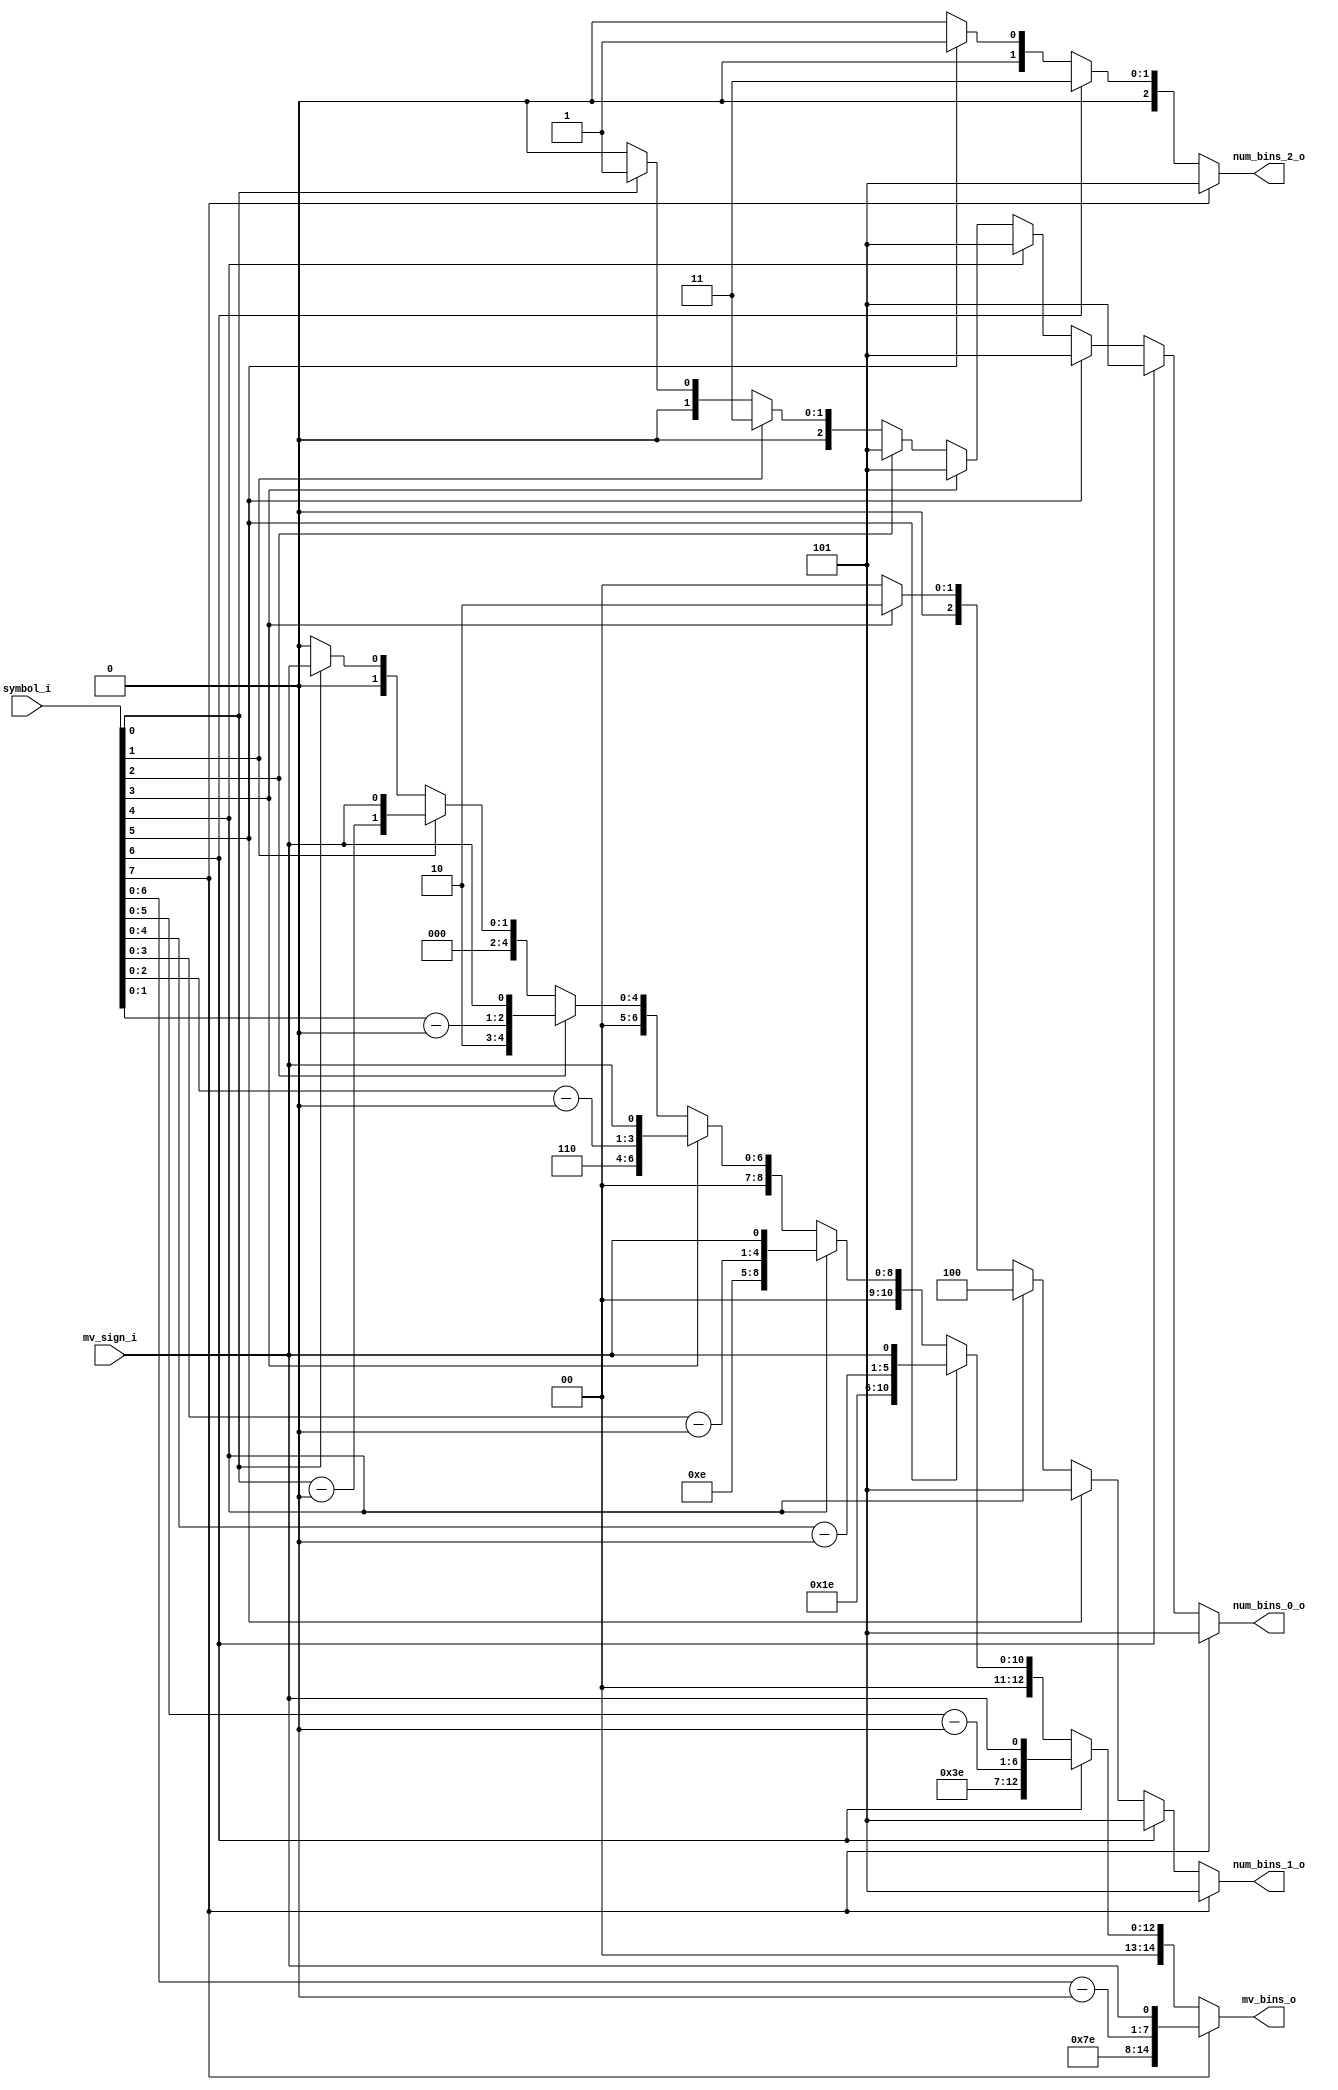
module cabac_binari_epxgolomb_1kth(
                                    symbol_i       ,
									mv_sign_i      ,
									
									num_bins_2_o   ,
									num_bins_1_o   ,
									num_bins_0_o   ,
									mv_bins_o    
                            );
//-----------------------------------------------------------------------------------------------------------------------------
//
//              inputs and outputs declaration 
//
//-----------------------------------------------------------------------------------------------------------------------------							
input         [ 7:0 ]   		       symbol_i                      ;
input                   		       mv_sign_i                     ;

output        [ 2:0 ]   		       num_bins_2_o                  ;
output        [ 2:0 ]   		       num_bins_1_o                  ;
output        [ 2:0 ]   		       num_bins_0_o                  ;							
output        [14:0 ]   		       mv_bins_o                     ;							

//-----------------------------------------------------------------------------------------------------------------------------
//
//             reg  signals declaration 
//
//-----------------------------------------------------------------------------------------------------------------------------		

reg           [ 2:0 ]   		       num_bins_2_r                  ;
reg           [ 2:0 ]   		       num_bins_1_r                  ;
reg           [ 2:0 ]   		       num_bins_0_r                  ;	


//-----------------------------------------------------------------------------------------------------------------------------
//
//            binarization process of 1kth epxgolomb 
//
//-----------------------------------------------------------------------------------------------------------------------------		
/* 
always @* begin  
    case(symbol_i)
         6'd0: begin num_group_r = 3'd1;bins_group_2_r=4'd0 ;num_bins_2_r= 3'd2;bins_group_1_r=4'd0 ;num_bins_1_r =3'd0;bins_group_0_r=4'd0 ;num_bins_0_r =3'd0;end
	     6'd1: begin num_group_r = 3'd1;bins_group_2_r=4'd1 ;num_bins_2_r= 3'd2;bins_group_1_r=4'd0 ;num_bins_1_r =3'd0;bins_group_0_r=4'd0 ;num_bins_0_r =3'd0;end
	     6'd2: begin num_group_r = 3'd1;bins_group_2_r=4'd8 ;num_bins_2_r= 3'd4;bins_group_1_r=4'd0 ;num_bins_1_r =3'd0;bins_group_0_r=4'd0 ;num_bins_0_r =3'd0;end
	     6'd3: begin num_group_r = 3'd1;bins_group_2_r=4'd9 ;num_bins_2_r= 3'd4;bins_group_1_r=4'd0 ;num_bins_1_r =3'd0;bins_group_0_r=4'd0 ;num_bins_0_r =3'd0;end
	     6'd4: begin num_group_r = 3'd1;bins_group_2_r=4'd10;num_bins_2_r= 3'd4;bins_group_1_r=4'd0 ;num_bins_1_r =3'd0;bins_group_0_r=4'd0 ;num_bins_0_r =3'd0;end
	     6'd5: begin num_group_r = 3'd1;bins_group_2_r=4'd11;num_bins_2_r= 3'd4;bins_group_1_r=4'd0 ;num_bins_1_r =3'd0;bins_group_0_r=4'd0 ;num_bins_0_r =3'd0;end
	     6'd6: begin num_group_r = 3'd2;bins_group_2_r=4'd3 ;num_bins_2_r= 3'd2;bins_group_1_r=4'd0 ;num_bins_1_r =3'd4;bins_group_0_r=4'd0 ;num_bins_0_r =3'd0;end
	     6'd7: begin num_group_r = 3'd2;bins_group_2_r=4'd3 ;num_bins_2_r= 3'd2;bins_group_1_r=4'd1 ;num_bins_1_r =3'd4;bins_group_0_r=4'd0 ;num_bins_0_r =3'd0;end
	     6'd8: begin num_group_r = 3'd2;bins_group_2_r=4'd3 ;num_bins_2_r= 3'd2;bins_group_1_r=4'd2 ;num_bins_1_r =3'd4;bins_group_0_r=4'd0 ;num_bins_0_r =3'd0;end
	     6'd9: begin num_group_r = 3'd2;bins_group_2_r=4'd3 ;num_bins_2_r= 3'd2;bins_group_1_r=4'd3 ;num_bins_1_r =3'd4;bins_group_0_r=4'd0 ;num_bins_0_r =3'd0;end
	    6'd10: begin num_group_r = 3'd2;bins_group_2_r=4'd3 ;num_bins_2_r= 3'd2;bins_group_1_r=4'd4 ;num_bins_1_r =3'd4;bins_group_0_r=4'd0 ;num_bins_0_r =3'd0;end
	    6'd11: begin num_group_r = 3'd2;bins_group_2_r=4'd3 ;num_bins_2_r= 3'd2;bins_group_1_r=4'd5 ;num_bins_1_r =3'd4;bins_group_0_r=4'd0 ;num_bins_0_r =3'd0;end
	    6'd12: begin num_group_r = 3'd2;bins_group_2_r=4'd3 ;num_bins_2_r= 3'd2;bins_group_1_r=4'd6 ;num_bins_1_r =3'd4;bins_group_0_r=4'd0 ;num_bins_0_r =3'd0;end
	    6'd13: begin num_group_r = 3'd2;bins_group_2_r=4'd3 ;num_bins_2_r= 3'd2;bins_group_1_r=4'd7 ;num_bins_1_r =3'd4;bins_group_0_r=4'd0 ;num_bins_0_r =3'd0;end
	    6'd14: begin num_group_r = 3'd2;bins_group_2_r=4'd14;num_bins_2_r= 3'd4;bins_group_1_r=4'd0 ;num_bins_1_r =3'd4;bins_group_0_r=4'd0 ;num_bins_0_r =3'd0;end
	    6'd15: begin num_group_r = 3'd2;bins_group_2_r=4'd14;num_bins_2_r= 3'd4;bins_group_1_r=4'd1 ;num_bins_1_r =3'd4;bins_group_0_r=4'd0 ;num_bins_0_r =3'd0;end
	    6'd16: begin num_group_r = 3'd2;bins_group_2_r=4'd14;num_bins_2_r= 3'd4;bins_group_1_r=4'd2 ;num_bins_1_r =3'd4;bins_group_0_r=4'd0 ;num_bins_0_r =3'd0;end
	    6'd17: begin num_group_r = 3'd2;bins_group_2_r=4'd14;num_bins_2_r= 3'd4;bins_group_1_r=4'd3 ;num_bins_1_r =3'd4;bins_group_0_r=4'd0 ;num_bins_0_r =3'd0;end
	    6'd18: begin num_group_r = 3'd2;bins_group_2_r=4'd14;num_bins_2_r= 3'd4;bins_group_1_r=4'd4 ;num_bins_1_r =3'd4;bins_group_0_r=4'd0 ;num_bins_0_r =3'd0;end
	    6'd19: begin num_group_r = 3'd2;bins_group_2_r=4'd14;num_bins_2_r= 3'd4;bins_group_1_r=4'd5 ;num_bins_1_r =3'd4;bins_group_0_r=4'd0 ;num_bins_0_r =3'd0;end
	    6'd20: begin num_group_r = 3'd2;bins_group_2_r=4'd14;num_bins_2_r= 3'd4;bins_group_1_r=4'd6 ;num_bins_1_r =3'd4;bins_group_0_r=4'd0 ;num_bins_0_r =3'd0;end
	    6'd21: begin num_group_r = 3'd2;bins_group_2_r=4'd14;num_bins_2_r= 3'd4;bins_group_1_r=4'd7 ;num_bins_1_r =3'd4;bins_group_0_r=4'd0 ;num_bins_0_r =3'd0;end
	    6'd22: begin num_group_r = 3'd2;bins_group_2_r=4'd14;num_bins_2_r= 3'd4;bins_group_1_r=4'd8 ;num_bins_1_r =3'd4;bins_group_0_r=4'd0 ;num_bins_0_r =3'd0;end
	    6'd23: begin num_group_r = 3'd2;bins_group_2_r=4'd14;num_bins_2_r= 3'd4;bins_group_1_r=4'd9 ;num_bins_1_r =3'd4;bins_group_0_r=4'd0 ;num_bins_0_r =3'd0;end
	    6'd24: begin num_group_r = 3'd2;bins_group_2_r=4'd14;num_bins_2_r= 3'd4;bins_group_1_r=4'd10;num_bins_1_r =3'd4;bins_group_0_r=4'd0 ;num_bins_0_r =3'd0;end
	    6'd25: begin num_group_r = 3'd2;bins_group_2_r=4'd14;num_bins_2_r= 3'd4;bins_group_1_r=4'd11;num_bins_1_r =3'd4;bins_group_0_r=4'd0 ;num_bins_0_r =3'd0;end
	    6'd26: begin num_group_r = 3'd2;bins_group_2_r=4'd14;num_bins_2_r= 3'd4;bins_group_1_r=4'd12;num_bins_1_r =3'd4;bins_group_0_r=4'd0 ;num_bins_0_r =3'd0;end
	    6'd27: begin num_group_r = 3'd2;bins_group_2_r=4'd14;num_bins_2_r= 3'd4;bins_group_1_r=4'd13;num_bins_1_r =3'd4;bins_group_0_r=4'd0 ;num_bins_0_r =3'd0;end
	    6'd28: begin num_group_r = 3'd2;bins_group_2_r=4'd14;num_bins_2_r= 3'd4;bins_group_1_r=4'd14;num_bins_1_r =3'd4;bins_group_0_r=4'd0 ;num_bins_0_r =3'd0;end
	    6'd29: begin num_group_r = 3'd2;bins_group_2_r=4'd14;num_bins_2_r= 3'd4;bins_group_1_r=4'd15;num_bins_1_r =3'd4;bins_group_0_r=4'd0 ;num_bins_0_r =3'd0;end
	    6'd30: begin num_group_r = 3'd3;bins_group_2_r=4'd3 ;num_bins_2_r= 3'd2;bins_group_1_r=4'd12;num_bins_1_r =3'd4;bins_group_0_r=4'd0 ;num_bins_0_r =3'd5;end // include i_hor<0 and i_ver<0
	    6'd31: begin num_group_r = 3'd3;bins_group_2_r=4'd3 ;num_bins_2_r= 3'd2;bins_group_1_r=4'd12;num_bins_1_r =3'd4;bins_group_0_r=4'd1 ;num_bins_0_r =3'd5;end
	    6'd32: begin num_group_r = 3'd3;bins_group_2_r=4'd3 ;num_bins_2_r= 3'd2;bins_group_1_r=4'd12;num_bins_1_r =3'd4;bins_group_0_r=4'd2 ;num_bins_0_r =3'd5;end
	    6'd33: begin num_group_r = 3'd3;bins_group_2_r=4'd3 ;num_bins_2_r= 3'd2;bins_group_1_r=4'd12;num_bins_1_r =3'd4;bins_group_0_r=4'd3 ;num_bins_0_r =3'd5;end
	    6'd34: begin num_group_r = 3'd3;bins_group_2_r=4'd3 ;num_bins_2_r= 3'd2;bins_group_1_r=4'd12;num_bins_1_r =3'd4;bins_group_0_r=4'd4 ;num_bins_0_r =3'd5;end
	    6'd35: begin num_group_r = 3'd3;bins_group_2_r=4'd3 ;num_bins_2_r= 3'd2;bins_group_1_r=4'd12;num_bins_1_r =3'd4;bins_group_0_r=4'd5 ;num_bins_0_r =3'd5;end
	    6'd36: begin num_group_r = 3'd3;bins_group_2_r=4'd3 ;num_bins_2_r= 3'd2;bins_group_1_r=4'd12;num_bins_1_r =3'd4;bins_group_0_r=4'd6 ;num_bins_0_r =3'd5;end
	    6'd37: begin num_group_r = 3'd3;bins_group_2_r=4'd3 ;num_bins_2_r= 3'd2;bins_group_1_r=4'd12;num_bins_1_r =3'd4;bins_group_0_r=4'd7 ;num_bins_0_r =3'd5;end
	    6'd38: begin num_group_r = 3'd3;bins_group_2_r=4'd3 ;num_bins_2_r= 3'd2;bins_group_1_r=4'd12;num_bins_1_r =3'd4;bins_group_0_r=4'd8 ;num_bins_0_r =3'd5;end
	    6'd39: begin num_group_r = 3'd3;bins_group_2_r=4'd3 ;num_bins_2_r= 3'd2;bins_group_1_r=4'd12;num_bins_1_r =3'd4;bins_group_0_r=4'd9 ;num_bins_0_r =3'd5;end
	    6'd40: begin num_group_r = 3'd3;bins_group_2_r=4'd3 ;num_bins_2_r= 3'd2;bins_group_1_r=4'd12;num_bins_1_r =3'd4;bins_group_0_r=4'd10;num_bins_0_r =3'd5;end
	    6'd41: begin num_group_r = 3'd3;bins_group_2_r=4'd3 ;num_bins_2_r= 3'd2;bins_group_1_r=4'd12;num_bins_1_r =3'd4;bins_group_0_r=4'd11;num_bins_0_r =3'd5;end
	    6'd42: begin num_group_r = 3'd3;bins_group_2_r=4'd3 ;num_bins_2_r= 3'd2;bins_group_1_r=4'd12;num_bins_1_r =3'd4;bins_group_0_r=4'd12;num_bins_0_r =3'd5;end
	    6'd43: begin num_group_r = 3'd3;bins_group_2_r=4'd3 ;num_bins_2_r= 3'd2;bins_group_1_r=4'd12;num_bins_1_r =3'd4;bins_group_0_r=4'd13;num_bins_0_r =3'd5;end
	    6'd44: begin num_group_r = 3'd3;bins_group_2_r=4'd3 ;num_bins_2_r= 3'd2;bins_group_1_r=4'd12;num_bins_1_r =3'd4;bins_group_0_r=4'd14;num_bins_0_r =3'd5;end
	    6'd45: begin num_group_r = 3'd3;bins_group_2_r=4'd3 ;num_bins_2_r= 3'd2;bins_group_1_r=4'd12;num_bins_1_r =3'd4;bins_group_0_r=4'd15;num_bins_0_r =3'd5;end
	    6'd46: begin num_group_r = 3'd3;bins_group_2_r=4'd3 ;num_bins_2_r= 3'd2;bins_group_1_r=4'd13;num_bins_1_r =3'd4;bins_group_0_r=4'd0 ;num_bins_0_r =3'd5;end
	    6'd47: begin num_group_r = 3'd3;bins_group_2_r=4'd3 ;num_bins_2_r= 3'd2;bins_group_1_r=4'd13;num_bins_1_r =3'd4;bins_group_0_r=4'd1 ;num_bins_0_r =3'd5;end
	    6'd48: begin num_group_r = 3'd3;bins_group_2_r=4'd3 ;num_bins_2_r= 3'd2;bins_group_1_r=4'd13;num_bins_1_r =3'd4;bins_group_0_r=4'd2 ;num_bins_0_r =3'd5;end
	    6'd49: begin num_group_r = 3'd3;bins_group_2_r=4'd3 ;num_bins_2_r= 3'd2;bins_group_1_r=4'd13;num_bins_1_r =3'd4;bins_group_0_r=4'd3 ;num_bins_0_r =3'd5;end
	    6'd50: begin num_group_r = 3'd3;bins_group_2_r=4'd3 ;num_bins_2_r= 3'd2;bins_group_1_r=4'd13;num_bins_1_r =3'd4;bins_group_0_r=4'd4 ;num_bins_0_r =3'd5;end
	    6'd51: begin num_group_r = 3'd3;bins_group_2_r=4'd3 ;num_bins_2_r= 3'd2;bins_group_1_r=4'd13;num_bins_1_r =3'd4;bins_group_0_r=4'd5 ;num_bins_0_r =3'd5;end
	    6'd52: begin num_group_r = 3'd3;bins_group_2_r=4'd3 ;num_bins_2_r= 3'd2;bins_group_1_r=4'd13;num_bins_1_r =3'd4;bins_group_0_r=4'd6 ;num_bins_0_r =3'd5;end
	    6'd53: begin num_group_r = 3'd3;bins_group_2_r=4'd3 ;num_bins_2_r= 3'd2;bins_group_1_r=4'd13;num_bins_1_r =3'd4;bins_group_0_r=4'd7 ;num_bins_0_r =3'd5;end
	    6'd54: begin num_group_r = 3'd3;bins_group_2_r=4'd3 ;num_bins_2_r= 3'd2;bins_group_1_r=4'd13;num_bins_1_r =3'd4;bins_group_0_r=4'd8 ;num_bins_0_r =3'd5;end
	    6'd55: begin num_group_r = 3'd3;bins_group_2_r=4'd3 ;num_bins_2_r= 3'd2;bins_group_1_r=4'd13;num_bins_1_r =3'd4;bins_group_0_r=4'd9 ;num_bins_0_r =3'd5;end
	    6'd56: begin num_group_r = 3'd3;bins_group_2_r=4'd3 ;num_bins_2_r= 3'd2;bins_group_1_r=4'd13;num_bins_1_r =3'd4;bins_group_0_r=4'd10;num_bins_0_r =3'd5;end
	    6'd57: begin num_group_r = 3'd3;bins_group_2_r=4'd3 ;num_bins_2_r= 3'd2;bins_group_1_r=4'd13;num_bins_1_r =3'd4;bins_group_0_r=4'd11;num_bins_0_r =3'd5;end
	    6'd58: begin num_group_r = 3'd3;bins_group_2_r=4'd3 ;num_bins_2_r= 3'd2;bins_group_1_r=4'd13;num_bins_1_r =3'd4;bins_group_0_r=4'd12;num_bins_0_r =3'd5;end
	    6'd59: begin num_group_r = 3'd3;bins_group_2_r=4'd3 ;num_bins_2_r= 3'd2;bins_group_1_r=4'd13;num_bins_1_r =3'd4;bins_group_0_r=4'd13;num_bins_0_r =3'd5;end
	    6'd60: begin num_group_r = 3'd3;bins_group_2_r=4'd3 ;num_bins_2_r= 3'd2;bins_group_1_r=4'd13;num_bins_1_r =3'd4;bins_group_0_r=4'd14;num_bins_0_r =3'd5;end
	    6'd61: begin num_group_r = 3'd3;bins_group_2_r=4'd3 ;num_bins_2_r= 3'd2;bins_group_1_r=4'd13;num_bins_1_r =3'd4;bins_group_0_r=4'd15;num_bins_0_r =3'd5;end
	    6'd62: begin num_group_r = 3'd3;bins_group_2_r=4'd15;num_bins_2_r= 3'd2;bins_group_1_r=4'd8 ;num_bins_1_r =3'd4;bins_group_0_r=4'd0 ;num_bins_0_r =3'd5;end
	    6'd63: begin num_group_r = 3'd3;bins_group_2_r=4'd15;num_bins_2_r= 3'd4;bins_group_1_r=4'd8 ;num_bins_1_r =3'd4;bins_group_0_r=4'd1 ;num_bins_0_r =3'd5;end
      default: begin num_group_r = 3'd3;bins_group_2_r=4'd15;num_bins_2_r= 3'd4;bins_group_1_r=4'd8 ;num_bins_1_r =3'd4;bins_group_0_r=4'd1 ;num_bins_0_r =3'd5;end
	endcase 	
end 					
*/
wire          [ 7:0 ]                  mv_x_abs_minus128_w           ;
wire          [ 7:0 ]                  mv_x_abs_minus64_w            ;
wire          [ 7:0 ]                  mv_x_abs_minus32_w            ;
wire          [ 7:0 ]                  mv_x_abs_minus16_w            ;
wire          [ 7:0 ]                  mv_x_abs_minus8_w             ;
wire          [ 7:0 ]                  mv_x_abs_minus4_w             ;
wire          [ 7:0 ]                  mv_x_abs_minus2_w             ;

reg           [14:0 ]                  mv_x_bins_r                   ;

assign        mv_x_abs_minus128_w      =   symbol_i - 8'd128         ;
assign        mv_x_abs_minus64_w       =   symbol_i - 8'd64          ;
assign        mv_x_abs_minus32_w       =   symbol_i - 8'd32          ;
assign        mv_x_abs_minus16_w       =   symbol_i - 8'd16          ;
assign        mv_x_abs_minus8_w        =   symbol_i - 8'd8           ;
assign        mv_x_abs_minus4_w        =   symbol_i - 8'd4           ;
assign        mv_x_abs_minus2_w        =   symbol_i - 8'd2           ;


always @* begin 
	if(symbol_i[7])      begin  //128--
         mv_x_bins_r     =   {     7'b1111110,mv_x_abs_minus128_w[6:0],mv_sign_i} ;
         num_bins_2_r    =    3'd5                                                ;
         num_bins_1_r    =    3'd5                                                ;
         num_bins_0_r    =    3'd5                                                ;
    end 
	else if(symbol_i[6]) begin  //64--
         mv_x_bins_r     =   {2'b0,6'b111110 ,mv_x_abs_minus64_w[5:0] ,mv_sign_i} ;
         num_bins_2_r    =    3'd3                                                ;
         num_bins_1_r    =    3'd5                                                ;
         num_bins_0_r    =    3'd5                                                ;
    end 
	else if(symbol_i[5]) begin  //32--
         mv_x_bins_r     =   {4'b0,5'b11110  ,mv_x_abs_minus32_w[4:0] ,mv_sign_i} ;
         num_bins_2_r    =    3'd1                                                ;
         num_bins_1_r    =    3'd5                                                ;
         num_bins_0_r    =    3'd5                                                ;
    end 
	else if(symbol_i[4]) begin  //16--
         mv_x_bins_r     =   {6'b0,4'b1110   ,mv_x_abs_minus16_w[3:0] ,mv_sign_i} ;
         num_bins_2_r    =    3'd0                                                ;
         num_bins_1_r    =    3'd4                                                ;
         num_bins_0_r    =    3'd5                                                ;
    end 
	else if(symbol_i[3]) begin  //8--
         mv_x_bins_r     =   {8'b0,3'b110    ,mv_x_abs_minus8_w[2:0]  ,mv_sign_i} ;
         num_bins_2_r    =    3'd0                                                ;
         num_bins_1_r    =    3'd2                                                ;
         num_bins_0_r    =    3'd5                                                ;
    end 
	else if(symbol_i[2]) begin  //4--
         mv_x_bins_r     =   {10'b0,2'b10    ,mv_x_abs_minus4_w[1:0]  ,mv_sign_i} ;
         num_bins_2_r    =    3'd0                                                ;
         num_bins_1_r    =    3'd0                                                ;
         num_bins_0_r    =    3'd5                                                ;
    end 
	else if(symbol_i[1]) begin  //2--
         mv_x_bins_r     =   {12'b0,1'b0     ,mv_x_abs_minus2_w[0]    ,mv_sign_i} ;
         num_bins_2_r    =    3'd0                                                ;
         num_bins_1_r    =    3'd0                                                ;
         num_bins_0_r    =    3'd3                                                ;
    end 
	else if(symbol_i[0]) begin  //1--
         mv_x_bins_r     =   {14'b0,                                   mv_sign_i} ;
         num_bins_2_r    =    3'd0                                                ;
         num_bins_1_r    =    3'd0                                                ;
         num_bins_0_r    =    3'd1                                                ;
    end
	else                begin  //0--
         mv_x_bins_r     =    15'b0                                               ;
         num_bins_2_r    =    3'd0                                                ;
         num_bins_1_r    =    3'd0                                                ;
         num_bins_0_r    =    3'd0                                                ;
    end 	
end

//-----------------------------------------------------------------------------------------------------------------------------
//
//            output 
//
//-----------------------------------------------------------------------------------------------------------------------------								
  
assign       mv_bins_o       =  mv_x_bins_r                          ;
assign 		 num_bins_2_o    =	num_bins_2_r                         ;
assign 		 num_bins_1_o    =	num_bins_1_r  	                     ;
assign       num_bins_0_o    =  num_bins_0_r                         ;

endmodule